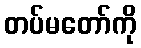
တပ်မတော်ကို